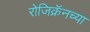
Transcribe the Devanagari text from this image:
रोजिक्रॅनच्या